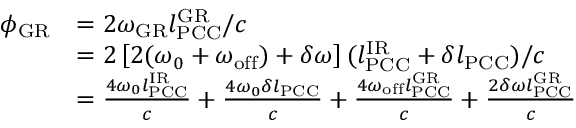
\begin{array} { r l } { \phi _ { \mathrm { G R } } } & { = 2 \omega _ { \mathrm { G R } } l _ { \mathrm { P C C } } ^ { \mathrm { G R } } / c } \\ & { = 2 \left[ 2 ( \omega _ { 0 } + \omega _ { \mathrm { o f f } } ) + \delta \omega \right] ( l _ { \mathrm { P C C } } ^ { \mathrm { I R } } + \delta l _ { \mathrm { P C C } } ) / c } \\ & { = \frac { 4 \omega _ { 0 } l _ { \mathrm { P C C } } ^ { \mathrm { I R } } } { c } + \frac { 4 \omega _ { 0 } \delta l _ { \mathrm { P C C } } } { c } + \frac { 4 \omega _ { \mathrm { o f f } } l _ { \mathrm { P C C } } ^ { \mathrm { G R } } } { c } + \frac { 2 \delta \omega l _ { \mathrm { P C C } } ^ { \mathrm { G R } } } { c } } \end{array}